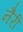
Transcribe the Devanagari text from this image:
नैरी